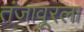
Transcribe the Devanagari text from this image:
तंजावूरला